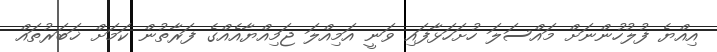
އިއްޔެ ފުލުހުންނަށް މައްސަލަ ހުށަހަޅާފައި ވަނީ އަމިއްލަ ޖަމިއްޔާއެއްގެ ފަރާތުން ކަމަށް ޚަބަރުތައް